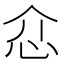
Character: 𢗊